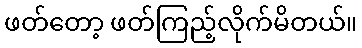
ဖတ်တော့ ဖတ်ကြည့်လိုက်မိတယ်။